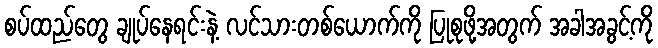
စပ်ထည်တွေ ချုပ်နေရင်းနဲ့ လင်သားတစ်ယောက်ကို ပြုစုဖို့အတွက် အခါအခွင့်ကို